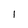
Character: 1